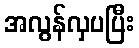
အလွန်လှပပြီး